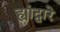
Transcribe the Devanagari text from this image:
ह्यांद्वारे